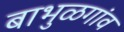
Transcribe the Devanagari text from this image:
बाभुळगांव